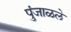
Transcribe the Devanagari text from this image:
पुंजाळले